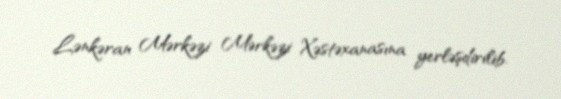
Lənkəran Mərkəzi Mərkəzi Xəstəxanasına yerləşdirilib.